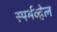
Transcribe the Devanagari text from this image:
स्पर्मव्हेल